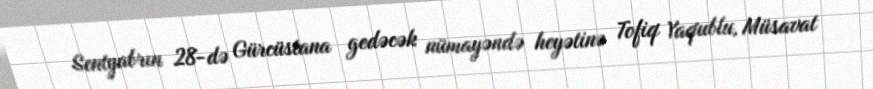
Sentyabrın 28-də Gürcüstana gedəcək nümayəndə heyətinə Tofiq Yaqublu, Müsavat